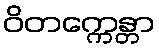
ဝိတက္ကေန္တာ